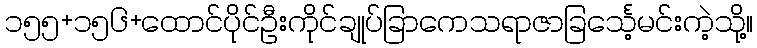
၁၅၅+၁၅၆+ထောင်ပိုင်ဦးကိုင်ချုပ်ခြာကေသရာဇာခြင်္သေ့မင်းကဲ့သို့။